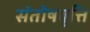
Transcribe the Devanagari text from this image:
संतोषवृत्ति